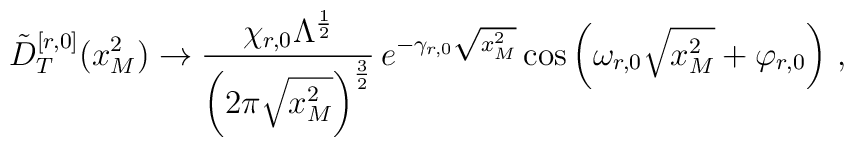
\tilde{D}^{[r,0]}_{T} (x^{2}_{M}) \rightarrow\frac{\chi_{r,0} \Lambda^{\frac{1}{2}}}{\left(2 \pi \sqrt{x^{2}_{M}}\right)^{\frac{3}{2}}} \, e^{-\gamma_{r,0} \sqrt{x^{2}_{M}}}\cos \left(\omega_{r,0} \sqrt{x^{2}_{M}} + \varphi_{r,0} \right) \, ,